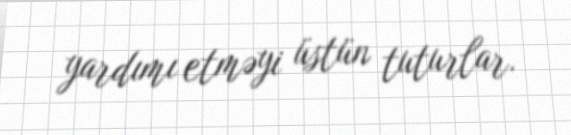
yardımı etməyi üstün tuturlar.